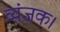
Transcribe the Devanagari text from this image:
व्यंजक।